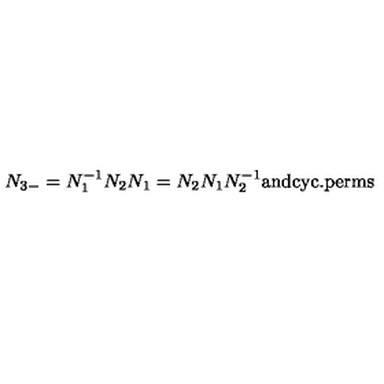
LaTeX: N _ { 3 - } = N _ { 1 } ^ { - 1 } N _ { 2 } N _ { 1 } = N _ { 2 } N _ { 1 } N _ { 2 } ^ { - 1 } \mathrm { a n d } \mathrm { c y c . p e r m s }